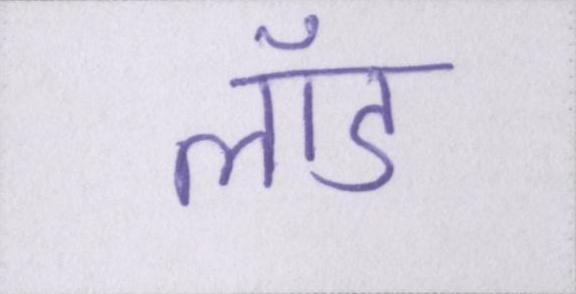
लॉड